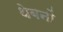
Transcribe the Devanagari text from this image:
थेबनों